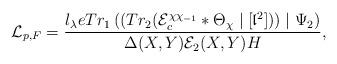
LaTeX: \begin{align*} \mathcal{L}_{p,F}= \dfrac{l_\lambda eTr_1\left(\left(Tr_2(\mathcal{E}_c^{\chi\chi_{-1}}*\Theta_\chi\mid[\mathfrak{l}^2])\right)\mid\Psi_2\right)}{\Delta(X,Y)\mathcal{E}_2(X,Y)H},\end{align*}